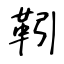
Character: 靷